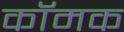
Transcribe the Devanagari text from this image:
कॉमक